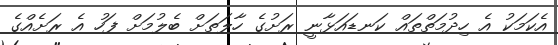
އެކަމަކު އެ ހިދުމަތްތައް ކަނޑައަޅާނީ ރަށުގެ ހާލަތަށް ބެލުމަށް ފަހު އެ ރަށެއްގެ